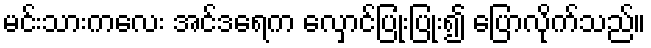
မင်းသားကလေး အင်ဒရေက လှောင်ပြုံးပြုံး၍ ပြောလိုက်သည်။